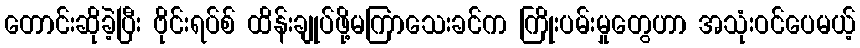
တောင်းဆိုခဲ့ပြီး ဗိုင်းရပ်စ် ထိန်းချုပ်ဖို့မကြာသေးခင်က ကြိုးပမ်းမှုတွေဟာ အသုံးဝင်ပေမယ့်